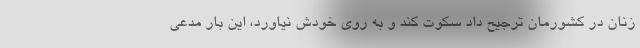
زنان در کشورمان ترجیح داد سکوت کند و به روی خودش نیاورد، این بار مدعی